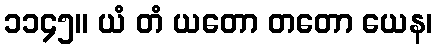
၁၁၄၅။ ယံ တံ ယတော တတော ယေန၊